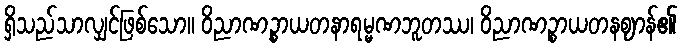
ရှိသည်သာလျှင်ဖြစ်သော။ ဝိညာဏဉ္စာယတနာရမ္မဏဘူတဿ၊ ဝိညာဏဉ္စာယတနဈာန်၏